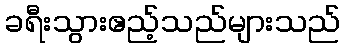
ခရီးသွားဧည့်သည်များသည်